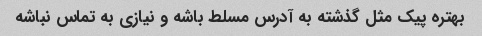
بهتره پیک مثل گذشته به آدرس مسلط باشه و نیازی به تماس نباشه